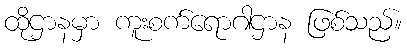
ထိုဌာနမှာ ကူးစက်ရောဂါဌာန ဖြစ်သည်။